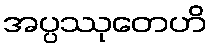
အပ္ပဿုတေဟိ